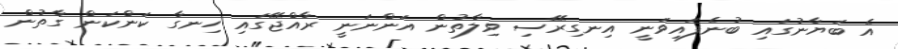
އެ ބަޔާނުގައި ބުނެފައިވަނީ އިނގިރޭސި ވިލާތުން އަންނަނީ ރާއްޖޭގައި ހިނގާ ކަންކަން ގާތުން